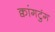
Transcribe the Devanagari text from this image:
क्वांगटुंग